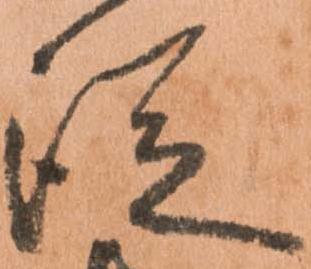
従